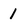
Character: 1